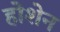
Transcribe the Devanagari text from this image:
होशेन